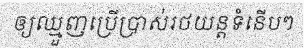
ឲ្យឈ្មួញប្រើប្រាស់រថយន្តទំនើបៗ